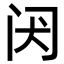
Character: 𬮝